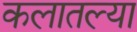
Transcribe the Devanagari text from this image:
कलातल्या